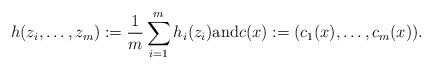
LaTeX: \begin{align*}h(z_i,\ldots,z_m):=\frac{1}{m}\sum_{i=1}^m h_i(z_i)\textrm{and}c(x):= (c_1(x),\ldots,c_m(x)).\end{align*}